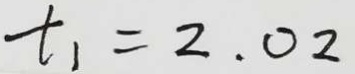
t _ { 1 } = 2 . 0 2